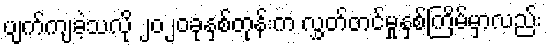
ပျက်ကျခဲ့သလို ၂၀၂၀ခုနှစ်တုန်းက လွှတ်တင်မှုနှစ်ကြိမ်မှာလည်း